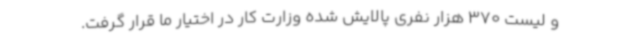
و لیست 370 هزار نفری پالایش شده وزارت کار در اختیار ما قرار گرفت.